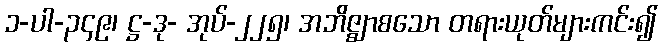
၁-ပါ-၃၄၉၊ ဋ္ဌ-ဒု- အုပ်-၂၂၅၊ အဘိဇ္ဈာစသော တရားယုတ်များကင်း၍